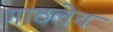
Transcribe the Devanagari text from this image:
गाठलेच